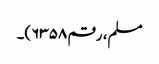
مسلم، رقم ۶۳۵۸)۔